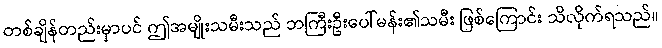
တစ်ချိန်တည်းမှာပင် ဤအမျိုးသမီးသည် ဘကြီးဦးပေါ်မန်း၏သမီး ဖြစ်ကြောင်း သိလိုက်ရသည်။